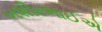
બશીરભાઈએ